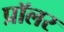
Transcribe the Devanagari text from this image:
प्रॉलर